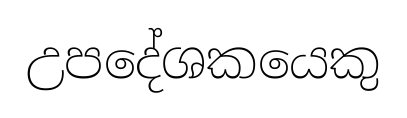
උපදේශකයෙකු